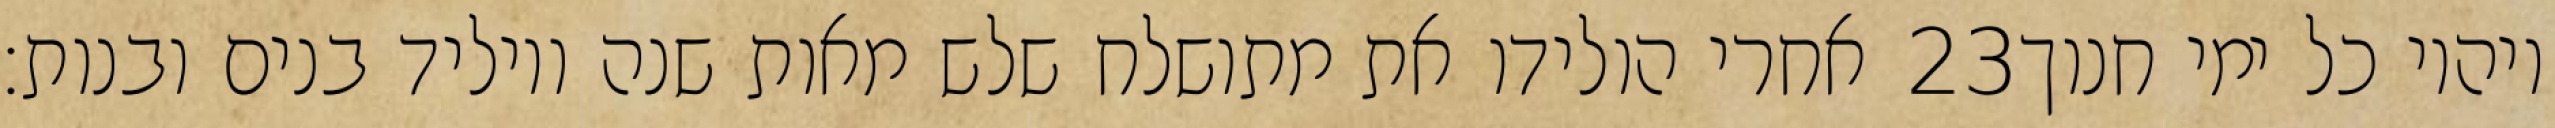
אחרי הולידו את מתושלח שלש מאות שנה ויוליד בנים ובנות׃ ‎23‏ ויהיו כל ימי חנוך